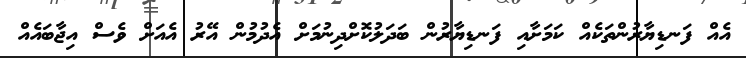
އެއް ފަނޑިޔާރުންތަކެއް ކަމަށާއި ފަނޑިޔާރުން ބަދަލުކޮށްދިނުމަށް އެދުމުން އޭރު އެއަށް ވެސް އިޖާބައެއް